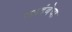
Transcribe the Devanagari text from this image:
महदंबेचा